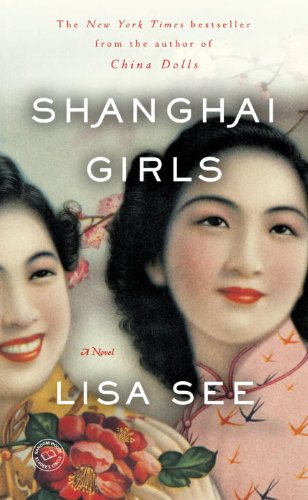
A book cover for Shanghai Girls: A Novel; Lisa See; Literature & Fiction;